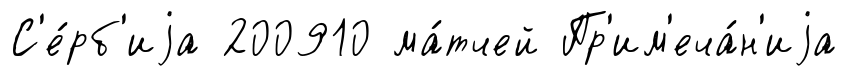
С'е́рб'иjа 200910 ма́тчей Пр'им'еча́н'иjа